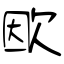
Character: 欭